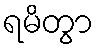
ရမိတွာ